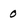
Character: 0